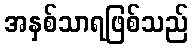
အနှစ်သာရဖြစ်သည်